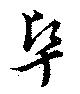
阜